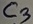
Text: C3